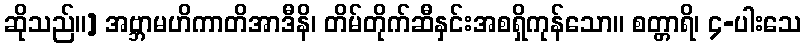
ဆိုသည်။] အဗ္ဘာမဟိကာတိအာဒီနိ၊ တိမ်တိုက်ဆီနှင်းအစရှိကုန်သော။ စတ္တာရိ၊ ၄-ပါးသေ